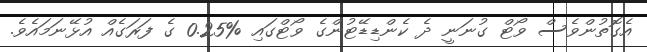
އެގޮތުންވެސް ވޯޓް ގުނަނީ ދެ ކެންޑިޑޭޓުންގެ ވޯޓްގައި %0.25 ގެ ފަރަގެއް އުޅޭނަމައެވެ.